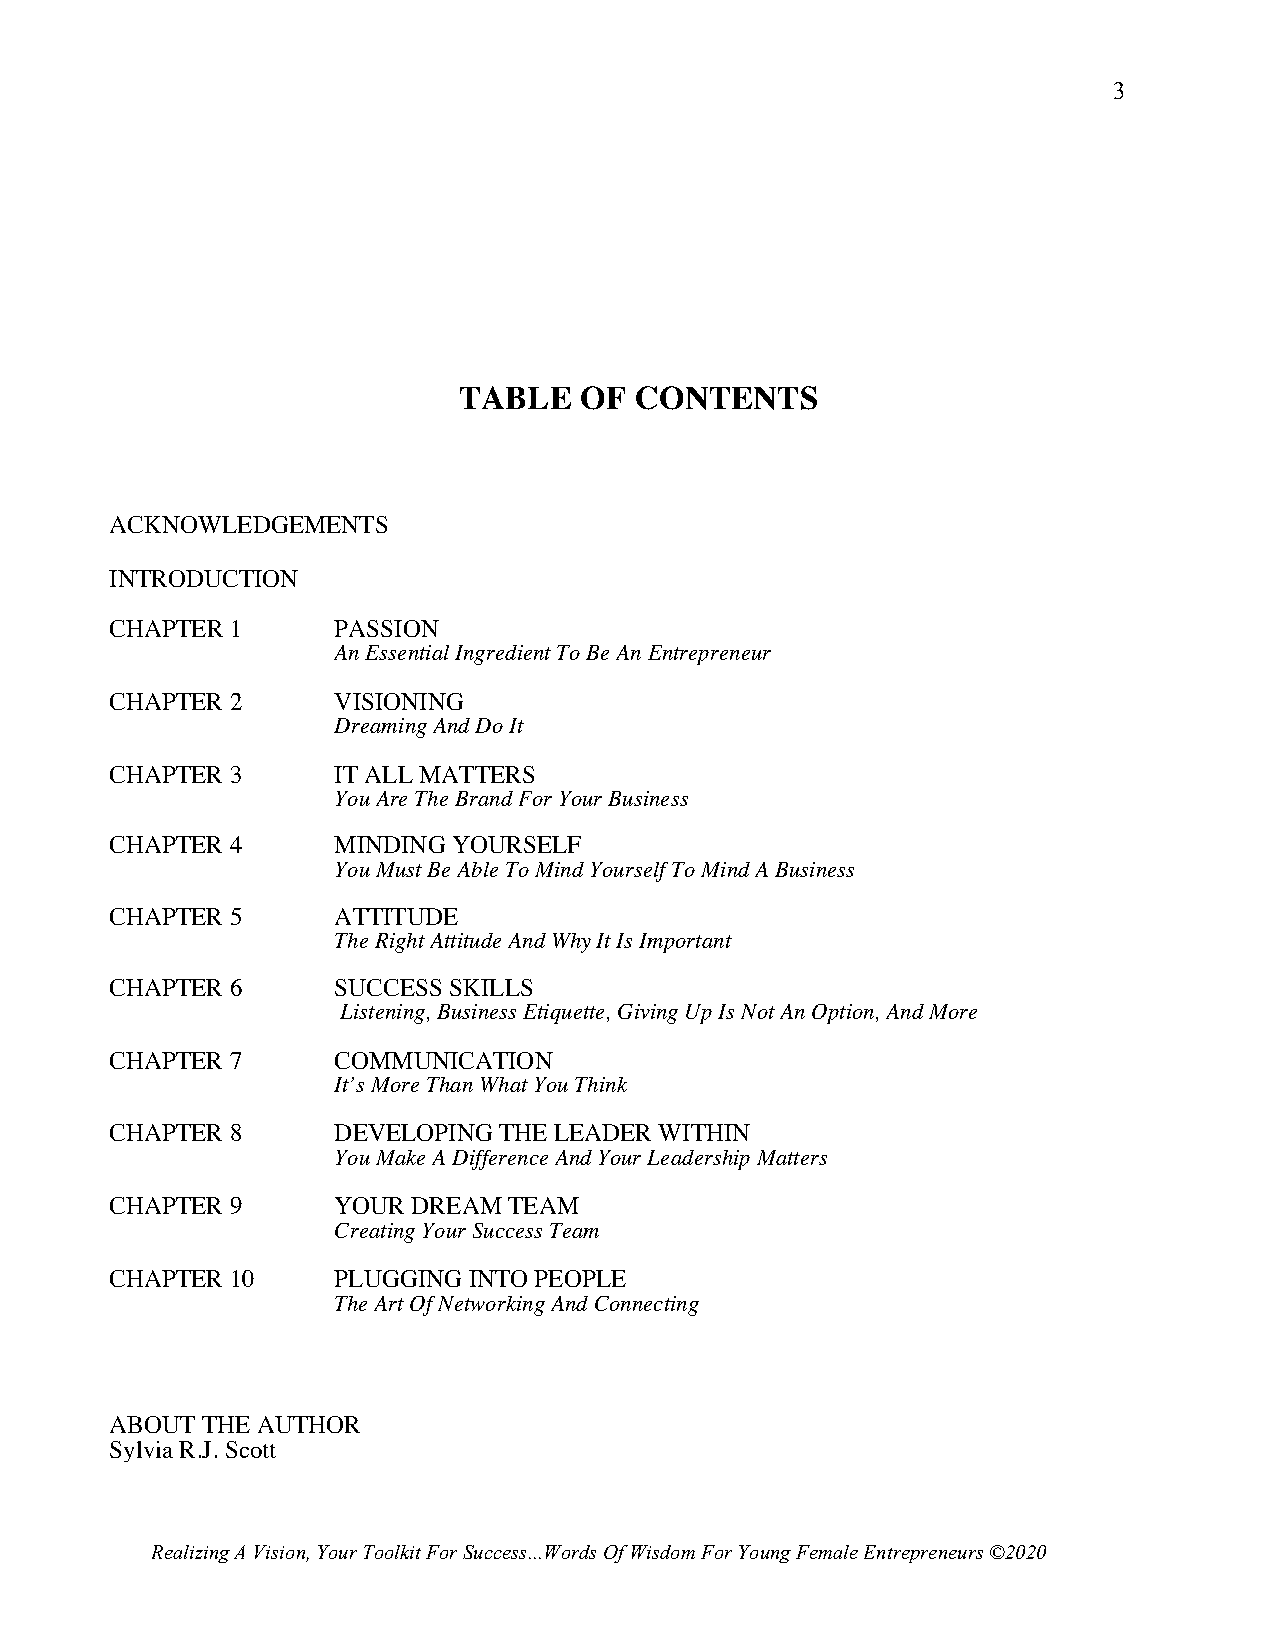
3
 TABLE   OF  CONTENTS
 ACKNOWLEDGEMENTS
 INTRODUCTION
 CHAPTER 1      PASSION
 An Essential Ingredient To Be An Entrepreneur
 CHAPTER 2      VISIONING
 Dreaming And Do It
 CHAPTER 3      IT ALL MATTERS
 You Are The Brand For Your Business
 CHAPTER 4      MINDING YOURSELF
 You Must Be Able To Mind Yourself To Mind A Business
 CHAPTER 5      ATTITUDE
 The Right Attitude And Why It Is Important
 CHAPTER 6      SUCCESS SKILLS
 Listening, Business Etiquette, Giving Up Is Not An Option, And More
 CHAPTER 7      COMMUNICATION
 It’s More Than What You Think
 CHAPTER 8      DEVELOPING THE LEADER WITHIN
 You Make A Difference And Your Leadership Matters
 CHAPTER 9      YOUR DREAM  TEAM
 Creating Your Success Team
 CHAPTER 10     PLUGGING INTO PEOPLE
 The Art Of Networking And Connecting
 ABOUT THE AUTHOR
 Sylvia R.J. Scott
 Realizing A Vision, Your Toolkit For Success...Words Of Wisdom For Young Female Entrepreneurs ©2020